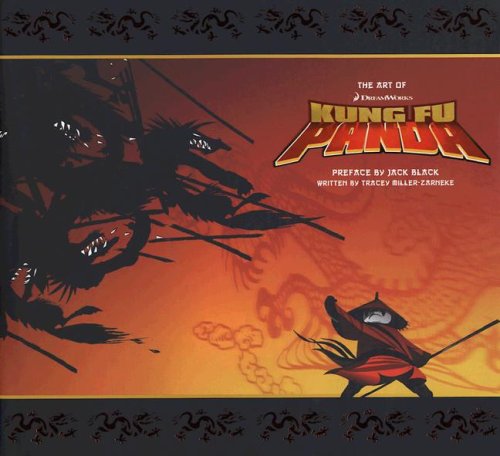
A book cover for The Art of DreamWorks Kung Fu Panda; Tracey Miller-Zarneke; Humor & Entertainment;